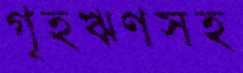
গৃহঋণসহ